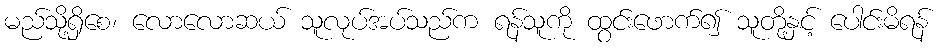
မည်သို့ရှိစေ၊ လောလောဆယ် သူလုပ်အပ်သည်က ရန်သူကို ထွင်းဖောက်၍ သူတို့နှင့် ပေါင်းမိရန်